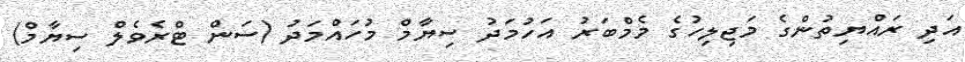
އަދި ރައްޔިތުންގެ މަޖިލިހުގެ މެމްބަރު އަހުމަދު ސިޔާމް މުހައްމަދު (ސަން ޓްރެވެލް ސިޔާމް)